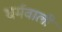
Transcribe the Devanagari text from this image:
धर्मवाली